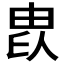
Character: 𤱫